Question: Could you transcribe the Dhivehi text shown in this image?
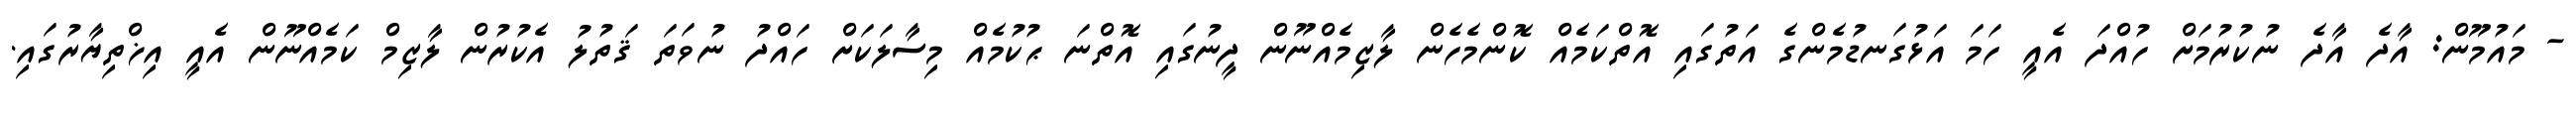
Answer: - މައުމޫން: އާދެ އާދެ ނުކުރުމަށް ހުއްދަ އެއީ ހަމަ އަޅުގަނޑުމެންގެ އަތުގައި އޮތްކަމެއް ކޮންމެހެން ލާޒިމެއްނޫން ދީނުގައި އޮތްނަ ޙުކުމެއް މިސާލަކަށް ހައްދު ނުވަތަ ޤަތުލު އެކުރުން ލާޒިމް ކަމެއްނޫން އެއީ އިޚްތިޔާރުގައި.